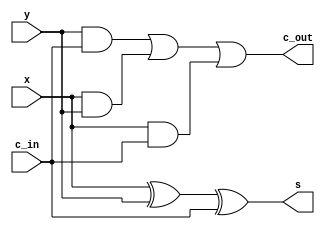
module full_adder(x,y,c_in,s,c_out);
   input x,y,c_in;
   output s,c_out;
	assign s = (x^y) ^ c_in;
	assign c_out = (y&c_in)| (x&y) | (x&c_in);
endmodule